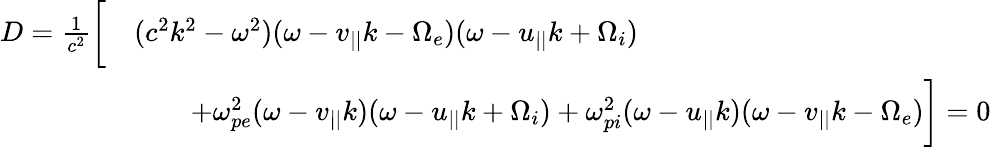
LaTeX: \begin{array}{rl}{D=\frac{1}{c^{2}}\bigg[}&{(c^{2}k^{2}-\omega^{2})(\omega-v_{||}k-\Omega_{e})(\omega-u_{||}k+\Omega_{i})}\\ &{\qquad+\omega_{pe}^{2}(\omega-v_{||}k)(\omega-u_{||}k+\Omega_{i})+\omega_{pi}^{2}(\omega-u_{||}k)(\omega-v_{||}k-\Omega_{e})\bigg]=0}\end{array}